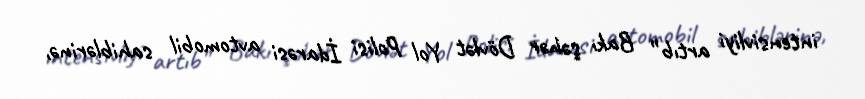
intensivliyi artıb” Bakı şəhər Dövlət Yol Polisi İdarəsi avtomobil sahiblərinə,